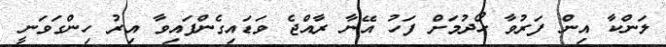
ލަންކާ އިން ފަރުވާ ހޯދުމަށް ފަހު އޭނާ ރާއްޖެ ވަޑައިގެންފައިވާ އިރު ހިންގަވަނީ